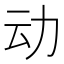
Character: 动